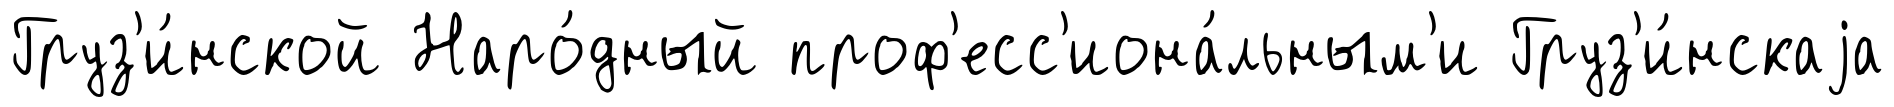
Груз'и́нской Наро́дный проф'есс'иона́льным'и Груз'и́нскаjа